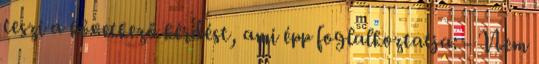
teszi a következő kérdést, ami épp foglalkoztatja: - Nem